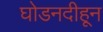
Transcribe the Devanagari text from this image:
घोडनदीहून